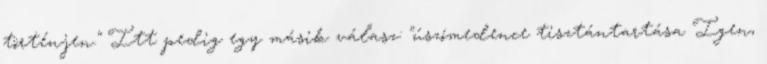
történjen." Itt pedig egy másik válasz: "úszómedence tisztántartása Igen,